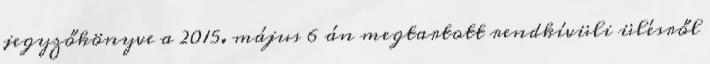
jegyzőkönyve a 2015. május 6 án megtartott rendkívüli ülésről